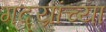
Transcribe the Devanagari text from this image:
गद्य्रांच्या